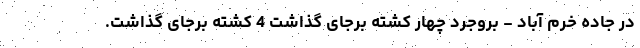
در جاده خرم آباد - بروجرد چهار کشته برجای گذاشت 4 کشته برجای گذاشت.